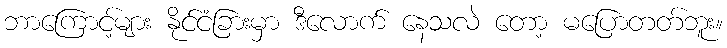
ဘာကြောင့်များ နိုင်ငံခြားမှာ ဒီလောက် နေသလဲ တော့ မပြောတတ်ဘူး။